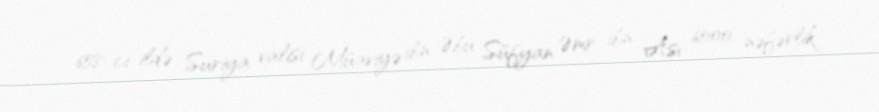
658-ci ildə Suriya valisi Müaviyə ibn Əbu Süfyan Əmr ibn Ası 6000 nəfərlik